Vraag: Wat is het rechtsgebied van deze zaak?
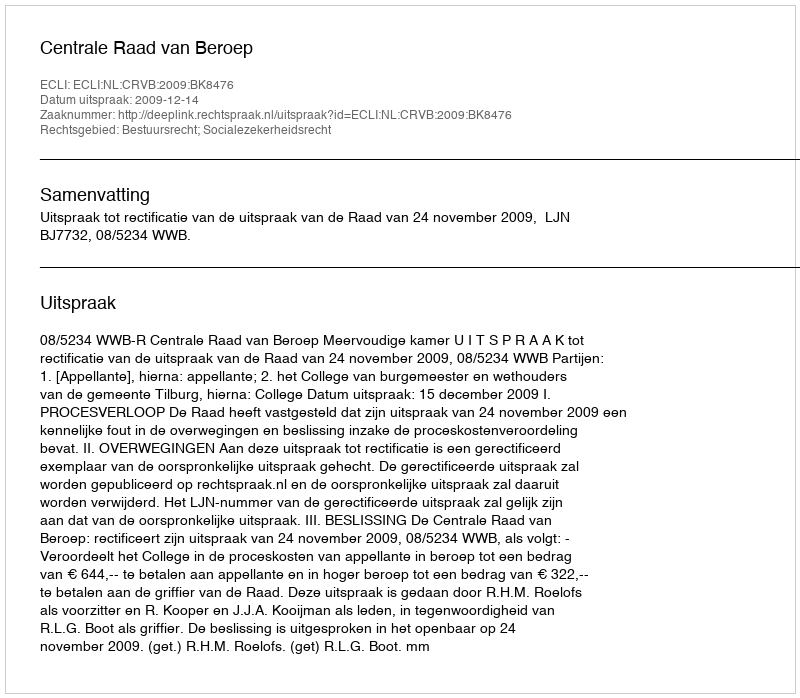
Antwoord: Bestuursrecht; Socialezekerheidsrecht